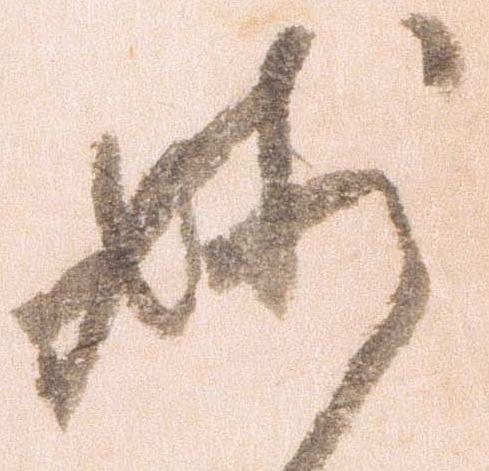
妙